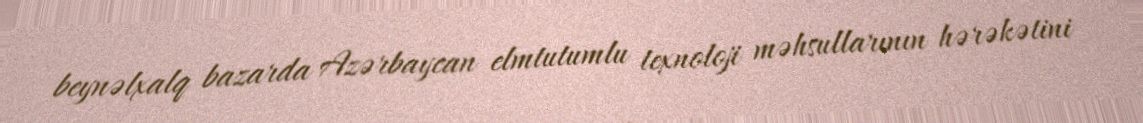
beynəlxalq bazarda Azərbaycan elmtutumlu texnoloji məhsullarının hərəkətini